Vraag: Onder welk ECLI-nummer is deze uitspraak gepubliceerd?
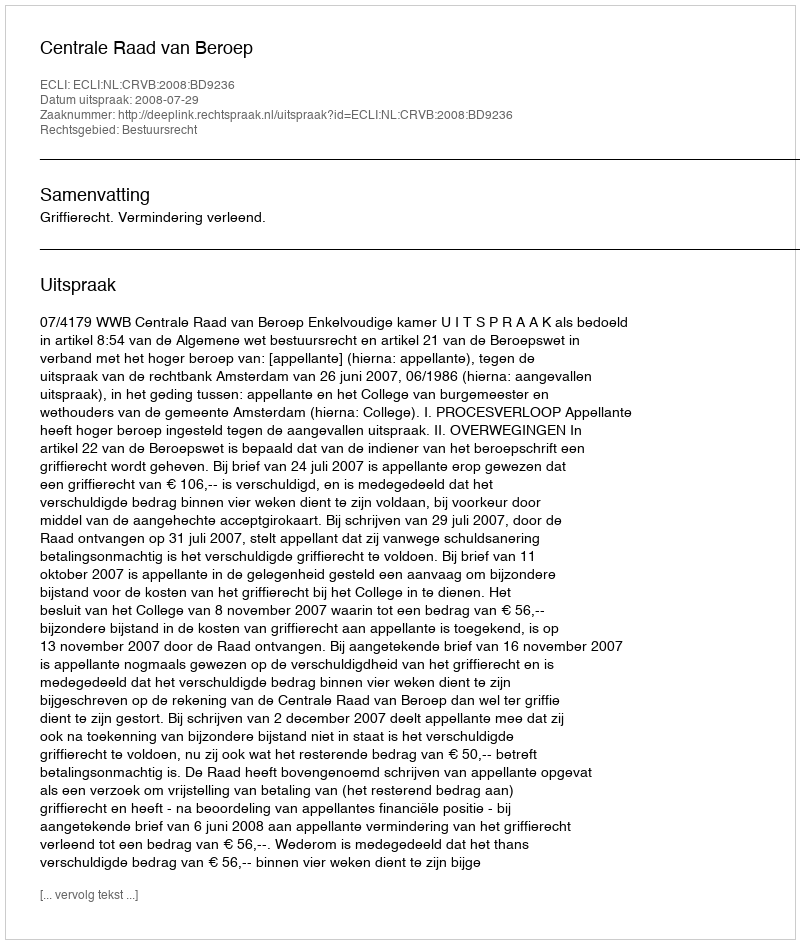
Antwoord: ECLI:NL:CRVB:2008:BD9236